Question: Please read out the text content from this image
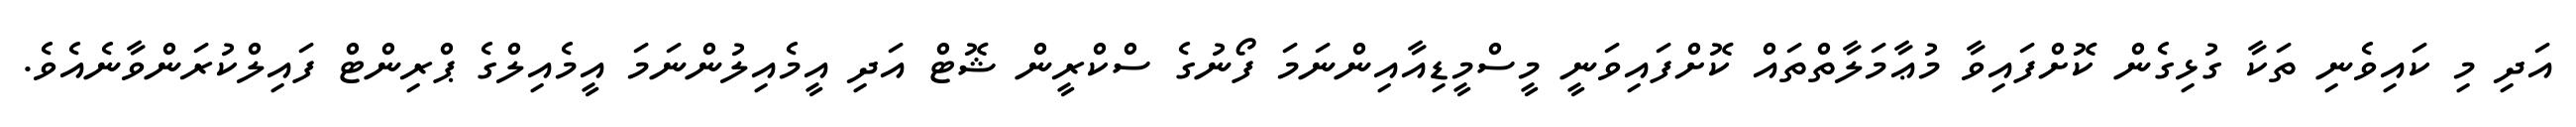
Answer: އަދި މި ކައިވެނި ތަކާ ގުޅިގެން ކޮށްފައިވާ މުޢާމަލާތްތައް ކޮށްފައިވަނީ މީސްމީޑިއާއިންނަމަ ފޯނުގެ ސްކްރީން ޝޮޓް އަދި އީމެއިލުންނަމަ އީމެއިލްގެ ޕްރިންޓް ފައިލްކުރަންވާނެއެވެ.